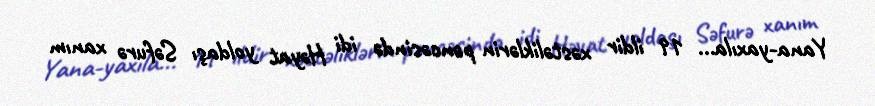
Yana-yaxıla... 19 ildir xəstəliklərin pəncəsində idi Həyat yoldaşı Səfurə xanım